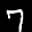
Label: 7